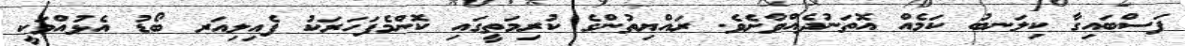
ފަސްބައިގާ ކިލަނބު ކަމެއް އޮތަނުދެއްވާށެވެ. ރައްޔިތުންގެ ކުރިމަތީގައި ކޮންމެފަހަރަކު ފެއިލިއަރ ބޯޑު އެޅުއްވަކީ